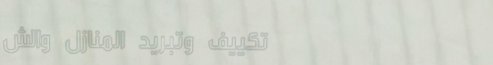
تكييف وتبريد المنازل والش